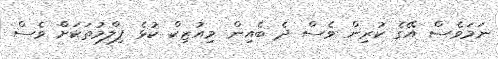
ނަމަވެސް އޭގެ ކުރިން ވެސް ދެ ބެއިން މިއުޒިކް ކުޅެ ފިލްމުތަކަށް ވެސް